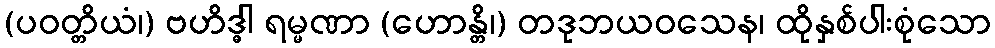
(ပဝတ္တိယံ၊) ဗဟိဒ္ဓါ ရမ္မဏာ (ဟောန္တိ၊) တဒုဘယဝသေန၊ ထိုနှစ်ပါးစုံသော